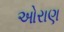
ઓરાણ